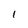
Character: l